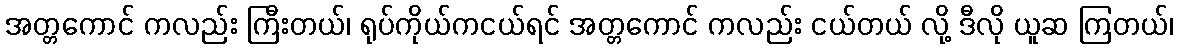
အတ္တကောင် ကလည်း ကြီးတယ်၊ ရုပ်ကိုယ်ကငယ်ရင် အတ္တကောင် ကလည်း ငယ်တယ် လို့ ဒီလို ယူဆ ကြတယ်၊